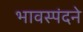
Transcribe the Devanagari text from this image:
भावस्पंदने